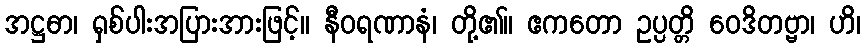
အဋ္ဌဓာ၊ ရှစ်ပါးအပြားအားဖြင့်။ နီဝရဏာနံ၊ တို့၏။ ဧကတော ဥပ္ပတ္တိ ဝေဒိတဗ္ဗာ၊ ဟိ၊